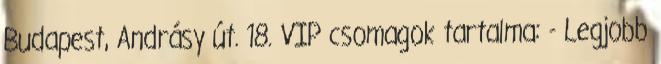
Budapest, Andrásy út. 18. VIP csomagok tartalma: - Legjobb